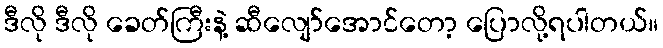
ဒီလို ဒီလို ခေတ်ကြီးနဲ့ ဆီလျော်အောင်တော့ ပြောလို့ရပါတယ်။